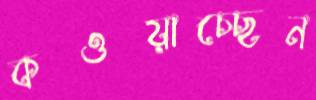
কওয়াচ্ছেন